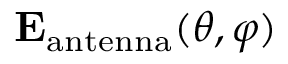
{ \mathbf { E } _ { \mathrm { a n t e n n a } } ( \theta , \varphi ) }